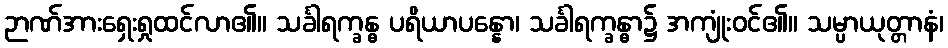
ဉာဏ်အားရှေးရှုထင်လာ၏။ သင်္ခါရက္ခန္ဓ ပရိယာပန္နော၊ သင်္ခါရက္ခန္ဓာ၌ အကျုံးဝင်၏။ သမ္ပာယုတ္တာနံ၊